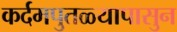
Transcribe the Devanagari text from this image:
कर्दमपुतळ्यापासुन